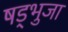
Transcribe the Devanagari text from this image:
षड्भुजा